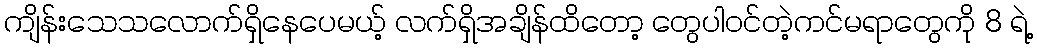
ကျိန်းသေသလောက်ရှိနေပေမယ့် လက်ရှိအချိန်ထိတော့ တွေပါဝင်တဲ့ကင်မရာတွေကို 8 ရဲ့